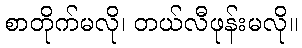
စာတိုက်မလို၊ တယ်လီဖုန်းမလို။